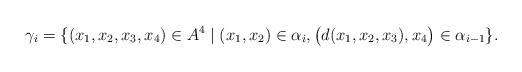
LaTeX: \begin{align*} \gamma_i = \{ (x_1,x_2,x_3,x_4) \in A^4 \mid (x_1, x_2) \in \alpha_{i}, \big(d(x_1,x_2,x_3), x_4\big) \in \alpha_{i-1} \}. \end{align*}